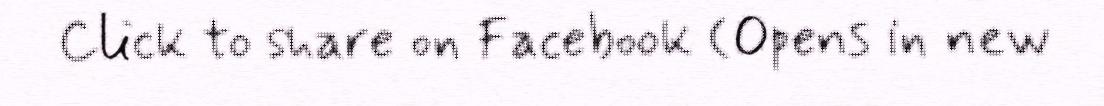
Click to share on Facebook (Opens in new